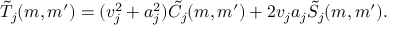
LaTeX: \tilde { T } _ { j } ( m , m ^ { \prime } ) = ( v _ { j } ^ { 2 } + a _ { j } ^ { 2 } ) \tilde { \cal C } _ { j } ( m , m ^ { \prime } ) + 2 v _ { j } a _ { j } \tilde { \cal S } _ { j } ( m , m ^ { \prime } ) .